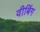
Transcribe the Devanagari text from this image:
वीबिंग